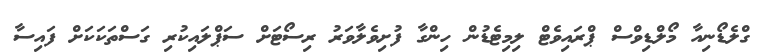
ގްލެޑޯނިއާ މޯލްޑިވްސް ޕްރައިވެޓް ލިމިޓެޑުން ހިންގާ ފުށިވެލާވަރު ރިސޯޓަށް ސަޕްލައިކުރި ގަސްތަކަކަށް ފައިސާ